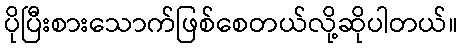
ပိုပြီးစားသောက်ဖြစ်စေတယ်လို့ဆိုပါတယ်။